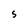
Character: S